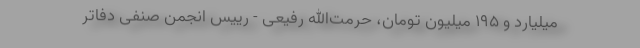
میلیارد و ۱۹۵ میلیون تومان، حرمت‌الله رفیعی - رییس انجمن صنفی دفاتر